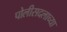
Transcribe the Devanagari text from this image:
पोलीसदलाच्या